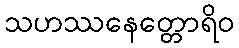
သဟဿနေတ္တောရိဝ